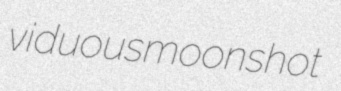
viduous moonshot